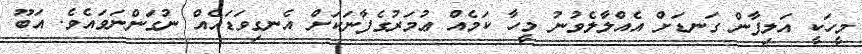
މީހަކީ އަލިފާން ގަނޑަށް އެއްލާލެވުނު މީހާ ކަމެއް ޢުމަރުގެފާނަކަށް އެނގިވަޑައެއް ނުގަންނަވައެވެ. އަބޫ